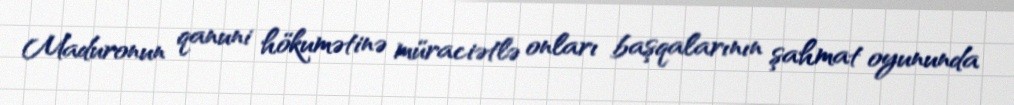
Maduronun qanuni hökumətinə müraciətlə onları başqalarının şahmat oyununda